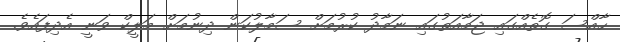
ހާއްސަ ގޮތެއްގައި ޖަމާއަތުގައި ނަމާދު ކުރުމަށް ސަމާލުކަން ދިނުމަށް މަލީކް ވަނީ އެދިފައެވެ.